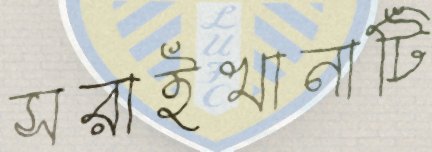
সরাইখানাটি